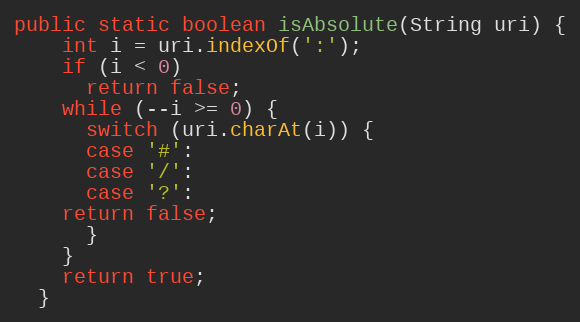
Language: Java
public static boolean isAbsolute(String uri) {
    int i = uri.indexOf(':');
    if (i < 0)
      return false;
    while (--i >= 0) {
      switch (uri.charAt(i)) {
      case '#':
      case '/':
      case '?':
	return false;
      }
    }
    return true;
  }